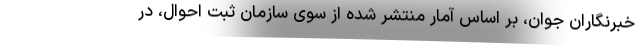
خبرنگاران جوان، بر اساس آمار منتشر شده از سوی سازمان ثبت احوال، در